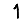
Digit: 1